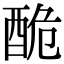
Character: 𨠥